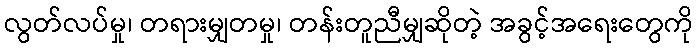
လွတ်လပ်မှု၊ တရားမျှတမှု၊ တန်းတူညီမျှဆိုတဲ့ အခွင့်အရေးတွေကို